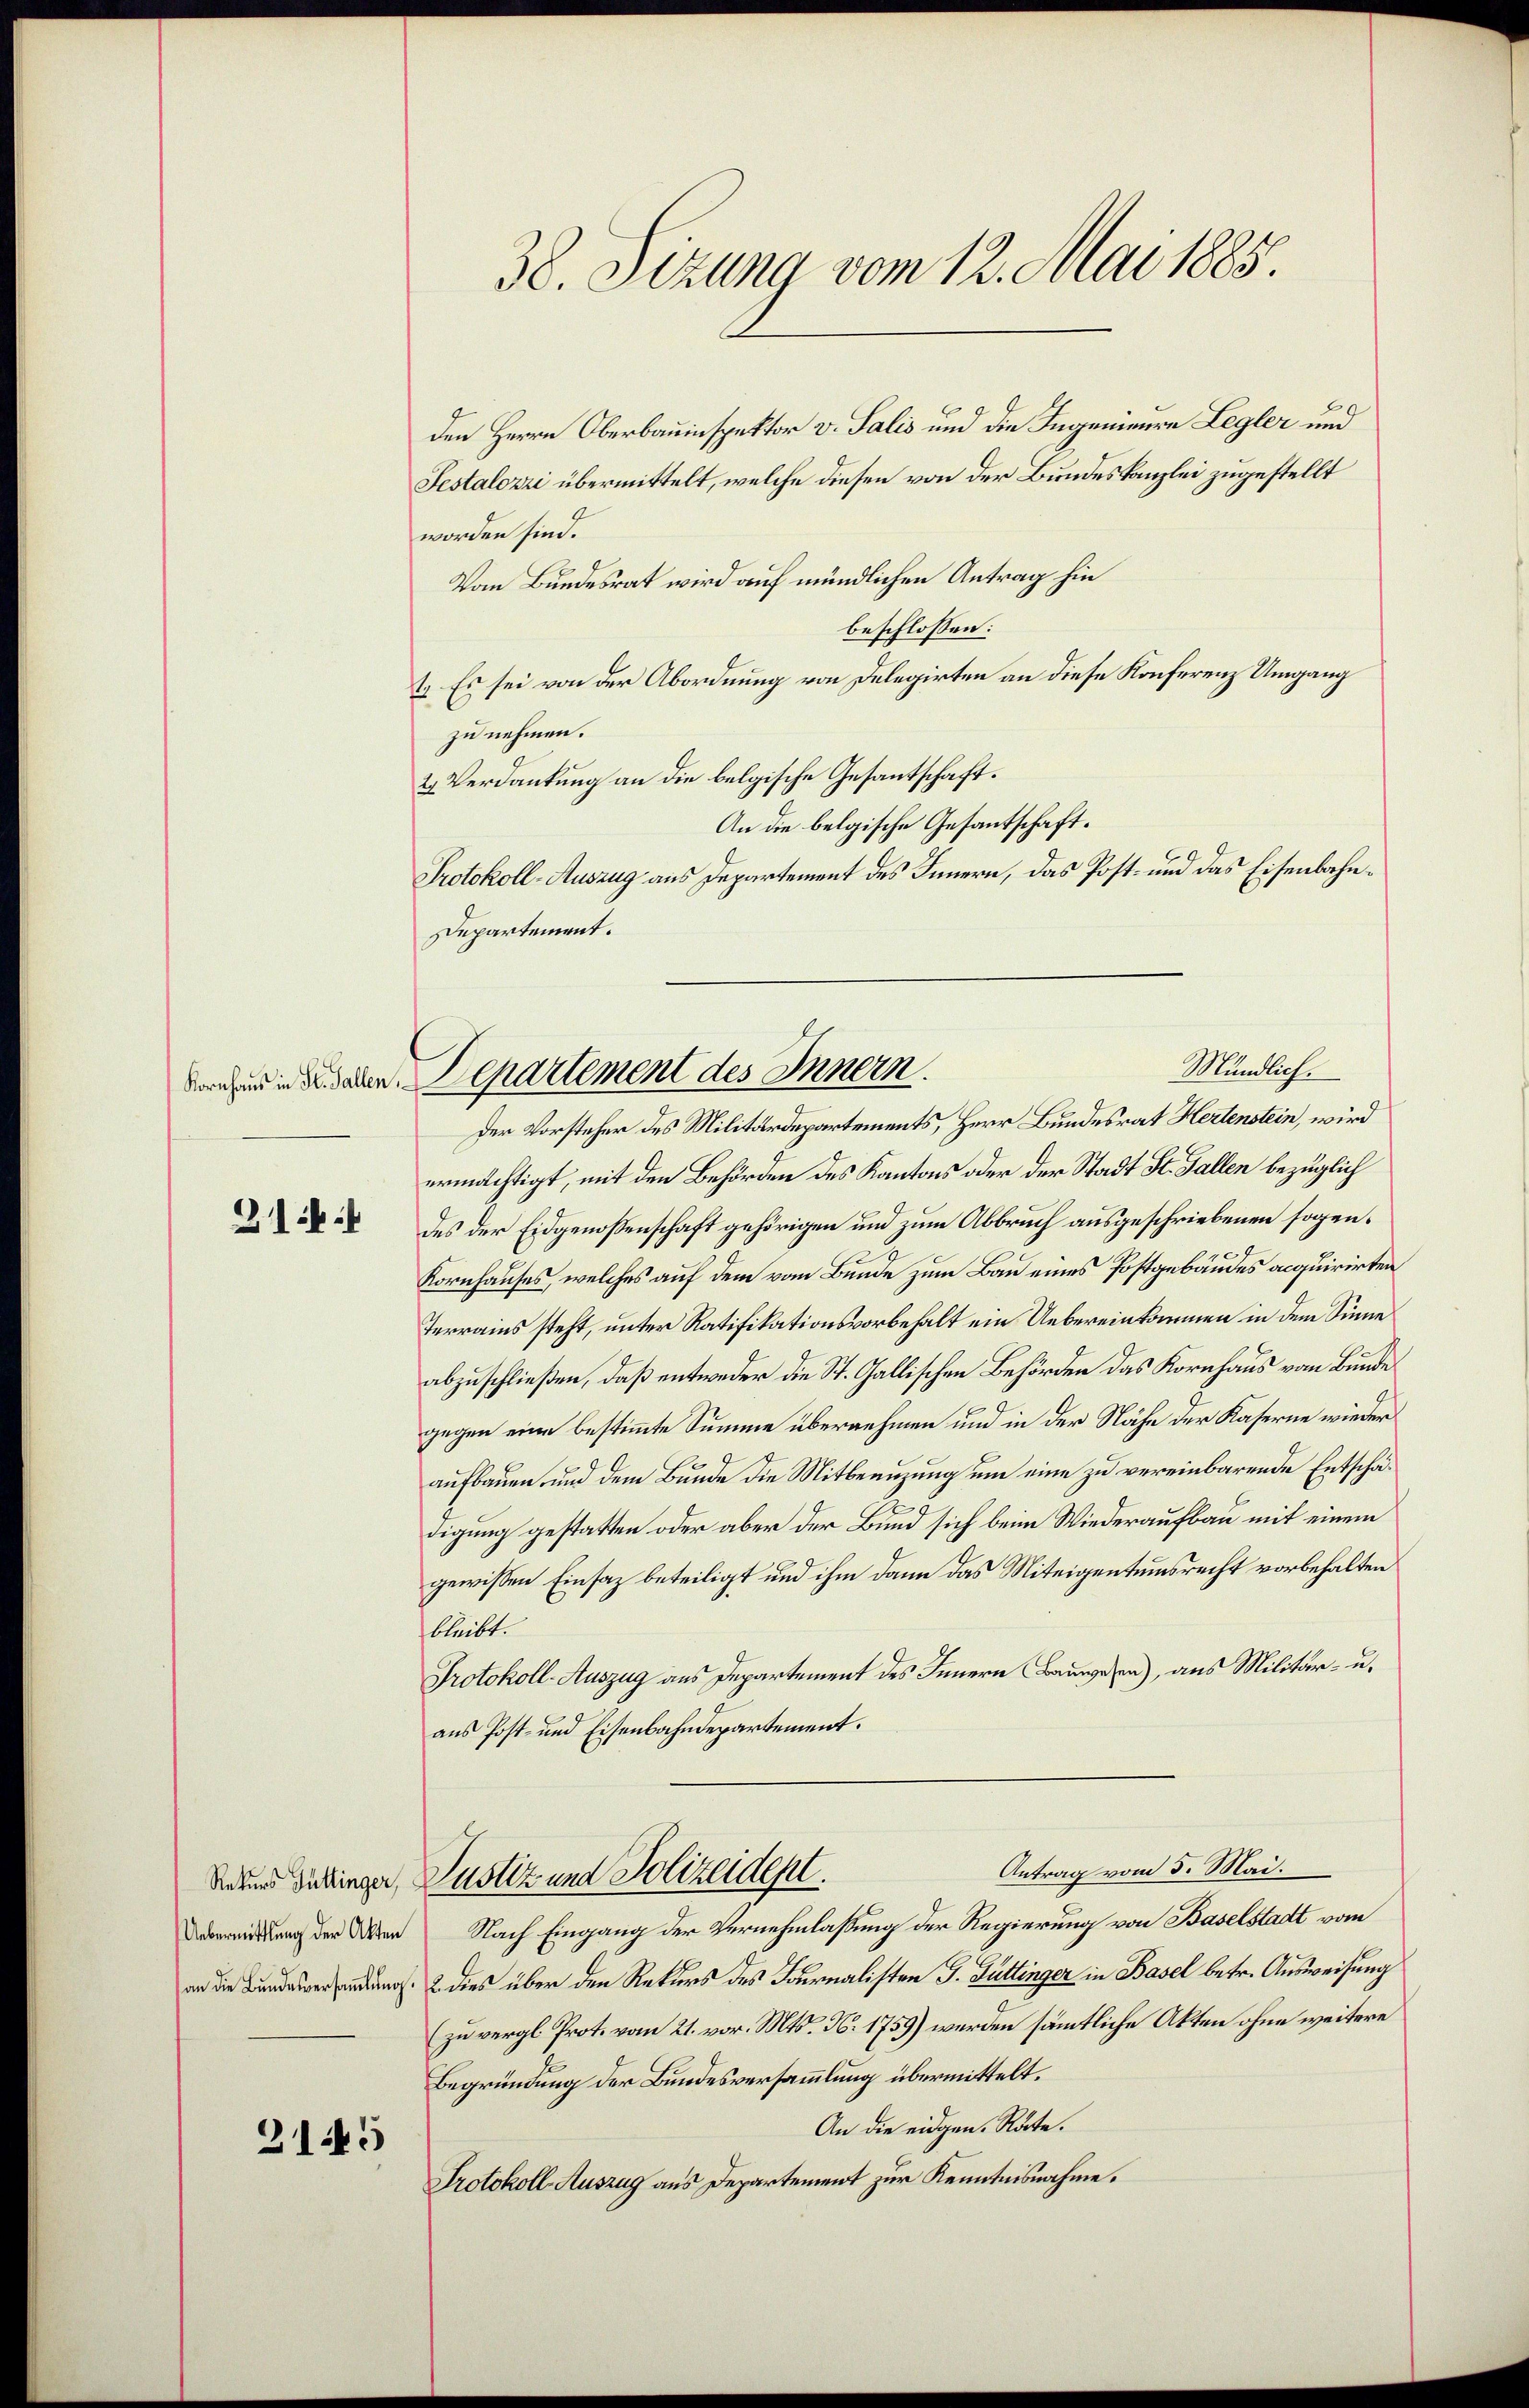
21

den Herrn Oberbauinspektor v. Salis und die Ingenieure Legler und
Sestalozzi übermittelt, welche diesen von der Bundeskanzlei zugestellt
worden sind.
Vom Bundesrat wird auf mündlichen Antrag hin
beschlossen:
1. Es sei von der Abordnung von Delegirten an diese Konferenz Umgang
zu nehmen.
2 Verdankung an die belgische Gesantschaft.
An die belgische Gesantschaft.
Protokoll-Auszug aus Departement des Innern, das Post- und das Eisenbahn¬
Departement.

Rekurs Güttinger,
Uebermittlung der Akten
an die Bŭndesversaṁlŭng.

2145

38. Sizung vom 12. Mai 1885.

Der Vorsteher des Militärdepartements, Herr Bundesrat Hertenstein, wird
ermächtigt, mit den Behörden des Kantons oder der Stadt St. Gallen bezüglich
des der Eidgenossenschaft gehörigen und zum Abbruch ausgeschriebenen sogen¬
Kornhauses, welches auf dem vom Bunde zum Bau eines Postgebäudes acquirirten
Terrains steht, unter Ratifikationsvorbehalt ein Uebereinkommen in dem Sinne
abzuschließen, daß entweder die St. Gallischen Behörden das Kornhaus vom Bunde
gegen eine bestimmte Summe übernehmen und in der Nähe der Kaserne wieder
aufbauen, und dem Bunde die Mitbenuzung um eine zu vereinbarende Entschädigung gestatten oder aber der Bund sich beim Wiederaufbau mit einem
gewissen Einsaz beteiligt und ihm dann das Miteigentumsrecht vorbehalten
bleibt.
Protokoll-Auszug aus Departement des Innern Bauwesen), aus Militär- u.
aus Post- und Eisenbahndepartement.
Antrag vom 5. Mai.
Justiz und Polizeident.
Nach Eingang der Vernehmlassung der Regierung von Baselstadt vom
2 dies über den Rekurs des Fournalisten J. Büttinger in Basel betr. Ausweisung
zu vergl. Prot. vom 21. vor. Mts. N. 1759) werden sämmtliche Akten ohne weitere
Begründung der Bundesversammlung übermittelt.
An die eidgen. Räte.
Protokoll-Auszug aus Departement zur Kenntnisnahme.

Mündlich.
Sachen in daben. Departement des Innern.